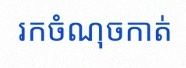
រកចំណុចកាត់